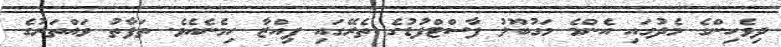
ދިވެހިންގެ މެދުގައި އެންމެ މަގުބޫލު ފާސްޓްފުޑުގެ ތެރޭގައި ޕިއްޒާ ހިމެނެއެވެ. ތަފާތު ވައްތަރުގެ